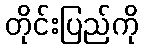
တိုင်းပြည်ကို